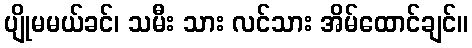
ပျိုမမယ်ခင်၊ သမီး သား လင်သား အိမ်ထောင်ချင်။